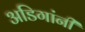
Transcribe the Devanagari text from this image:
अडिगांनी